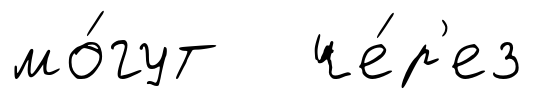
мо́гут че́р'ез